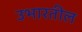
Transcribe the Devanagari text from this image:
उभारतील